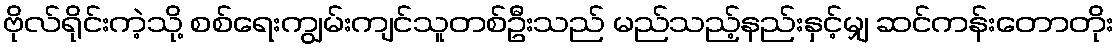
ဗိုလ်ရိုင်းကဲ့သို့ စစ်ရေးကျွမ်းကျင်သူတစ်ဦးသည် မည်သည့်နည်းနှင့်မျှ ဆင်ကန်းတောတိုး